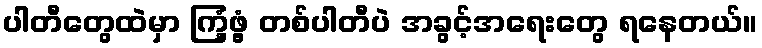
ပါတီတွေထဲမှာ ကြံ့ဖွံ့ တစ်ပါတီပဲ အခွင့်အရေးတွေ ရနေတယ်။